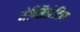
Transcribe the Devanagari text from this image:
मेक्सिलेटिन